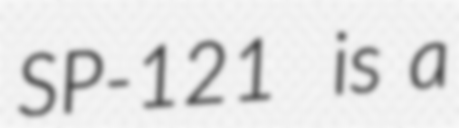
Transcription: SP-121  is a